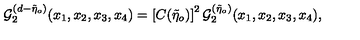
{ \cal { G } } _ { 2 } ^ { ( d - \tilde { \eta } _ { o } ) } ( x _ { 1 } , x _ { 2 } , x _ { 3 } , x _ { 4 } ) = \left[ C ( \tilde { \eta } _ { o } ) \right] ^ { 2 } { \cal { G } } _ { 2 } ^ { ( \tilde { \eta } _ { o } ) } ( x _ { 1 } , x _ { 2 } , x _ { 3 } , x _ { 4 } ) ,